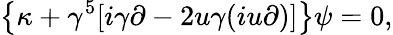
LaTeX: \left\{ \kappa+\gamma^{5}[i\gamma\partial-2u\gamma(iu\partial)]\right\} \psi=0,